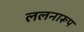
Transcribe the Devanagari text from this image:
ललनारूप